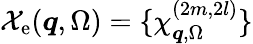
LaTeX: \mathcal{X}_{\mathrm{e}}(\boldsymbol{q},\Omega)=\{ \chi_{\boldsymbol{q},\Omega}^{(2m,2l)}\}